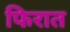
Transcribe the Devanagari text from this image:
फिरात